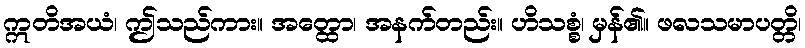
ဣတိအယံ၊ ဤသည်ကား။ အတ္ထော၊ အနက်တည်း။ ဟိသစ္စံ၊ မှန်၏။ ဖလသမာပတ္တိ၊